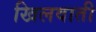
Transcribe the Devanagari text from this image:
खिलवाती